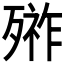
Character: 𣩋